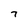
Character: 7